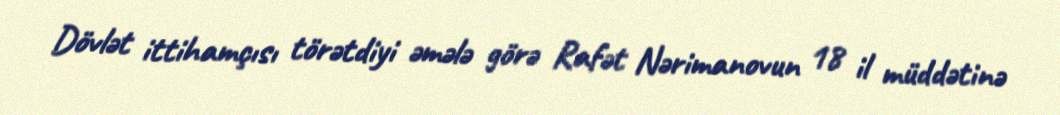
Dövlət ittihamçısı törətdiyi əmələ görə Rafət Nərimanovun 18 il müddətinə